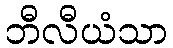
ဘီလီယံသာ